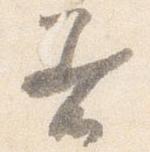
着